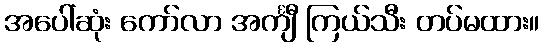
အပေါ်ဆုံး ကော်လာ အင်္ကျီ ကြယ်သီး တပ်မထား။